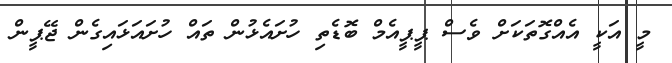
މީ އަކީ އެއްގޮތަކަށް ވެސް ޕީޕީއެމް ބޮޑެތި ހުށައެޅުން ތައް ހުށައަޅައިގެން ޖޭޕީން